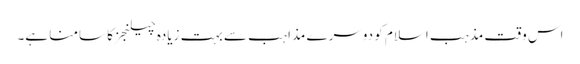
اس وقت مذہب اسلام کو دوسرے مذاہب سے بہت زیادہ چیلنجزکا سامنا ہے۔